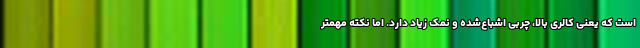
است که یعنی کالری بالا، چربی اشباع‌شده و نمک زیاد دارد. اما نکته مهمتر